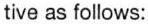
tive as follows: